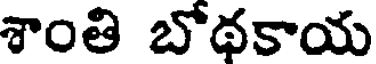
శాంతి బోథకాయ